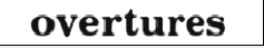
overtures